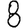
Digit: 8